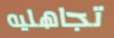
تجاهليه